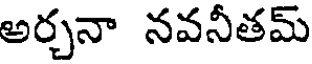
అర్చనా నవనీతమ్